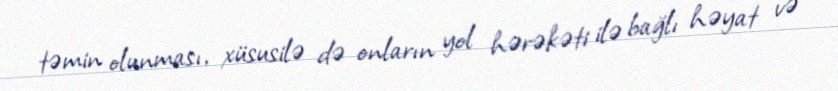
təmin olunması, xüsusilə də onların yol hərəkəti ilə bağlı həyat və